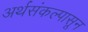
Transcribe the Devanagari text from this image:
अर्थसंकल्पासून